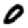
Digit: 0